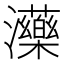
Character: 𤄶